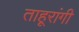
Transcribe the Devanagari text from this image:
ताहूरांगी